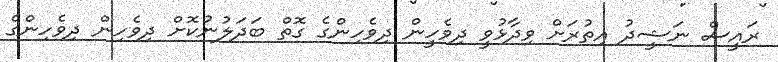
ރައީސް ނަޝީދު އިތުރަށް ވިދާޅުވީ ދިވެހީން ދިވެހިންގެ ގޮތް ބަދަލުނުކޮށް ދިވެހިން ދިވެހިންގެ